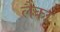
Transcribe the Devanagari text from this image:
लैका